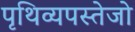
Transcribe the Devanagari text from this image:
पृथिव्यपस्तेजो